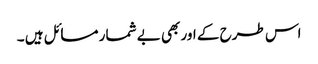
اس طرح کے اور بھی بے شمار مسائل ہیں ۔